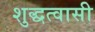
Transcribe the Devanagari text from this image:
शुद्धत्वासी